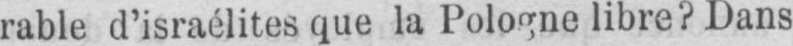
rable d’israélites que la Pologne libre? Dans